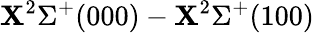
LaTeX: \mathbf{X}^{2}\Sigma^{+}(000)-\mathbf{X}^{2}\Sigma^{+}(100)